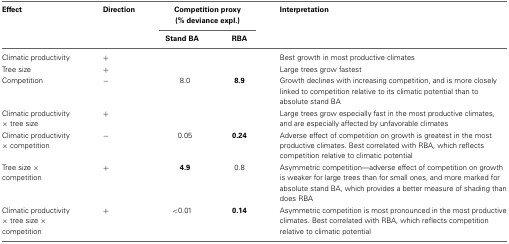
| Effect | Direction | <COLSPAN=2> Competition proxy (% deviance expl.) | Interpretation |
 |  |  | Stand BA | RBA |  |
 | --- | --- | --- | --- | --- |
 | Climatic productivity | + |  |  | Best growth in most productive climates |
 | Tree size | + |  |  | Large trees grow fastest |
 | Competition | − | 8.0 | 8.9 | Growth declines with increasing competition, and is more closely linked to competition relative to its climatic potential than to absolute stand BA |
 | Climatic productivity × tree size | + |  |  | Large trees grow especially fast in the most productive climates, and are especially affected by unfavorable climates |
 | Climatic productivity × competition | − | 0.05 | 0.24 | Adverse effect of competition on growth is greatest in the most productive climates. Best correlated with RBA, which reflects competition relative to climatic potential |
 | Tree size × competition | + | 4.9 | 0.8 | Asymmetric competition—adverse effect of competition on growth is weaker for large trees than for small ones, and more marked for absolute stand BA, which provides a better measure of shading than does RBA |
 | Climatic productivity × tree size × competition | + | <0.01 | 0.14 | Asymmetric competition is most pronounced in the most productive climates. Best correlated with RBA, which reflects competition relative to climatic potential |